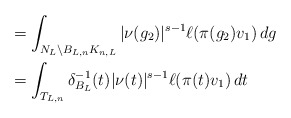
\begin{align*} &= \int_{N_L \backslash B_{L,n}K_{n,L}}{|\nu(g_2)|^{s-1}\ell(\pi(g_2)v_1)\,dg} \\ &= \int_{T_{L,n}}{\delta_{B_L}^{-1}(t)|\nu(t)|^{s-1}\ell(\pi(t)v_1)\,dt}\end{align*}